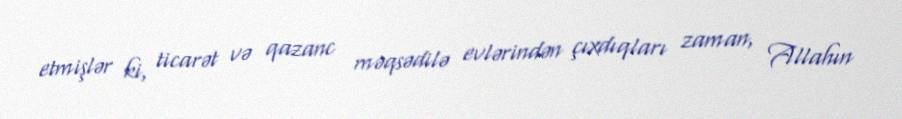
etmişlər ki, ticarət və qazanc məqsədilə evlərindən çıxdıqları zaman, Allahın